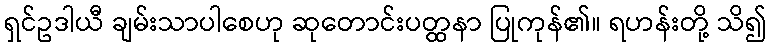
ရှင်ဥဒါယီ ချမ်းသာပါစေဟု ဆုတောင်းပတ္ထနာ ပြုကုန်၏။ ရဟန်းတို့ သိ၍